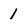
Character: 1